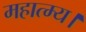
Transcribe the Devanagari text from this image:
महात्म्य।